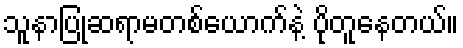
သူနာပြုဆရာမတစ်ယောက်နဲ့ ပိုတူနေတယ်။